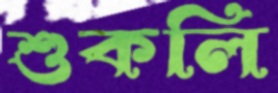
শুকলি